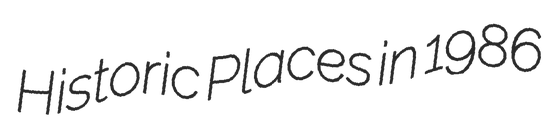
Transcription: Historic Places in 1986